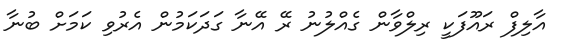
އާލިފް ރައޫފަކީ ރިލްވާން ގެއްލުނު ރޭ އޭނާ ގަދަކަމުން އެރުވި ކަމަށް ބުނާ